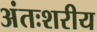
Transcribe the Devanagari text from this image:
अंतःशरीय